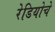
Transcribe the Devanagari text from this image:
रेडियोचे